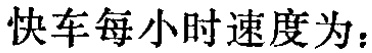
快车每小时速度为：